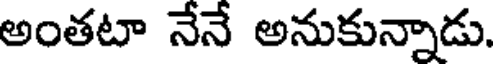
అంతటా నేనే అనుకున్నాడు.